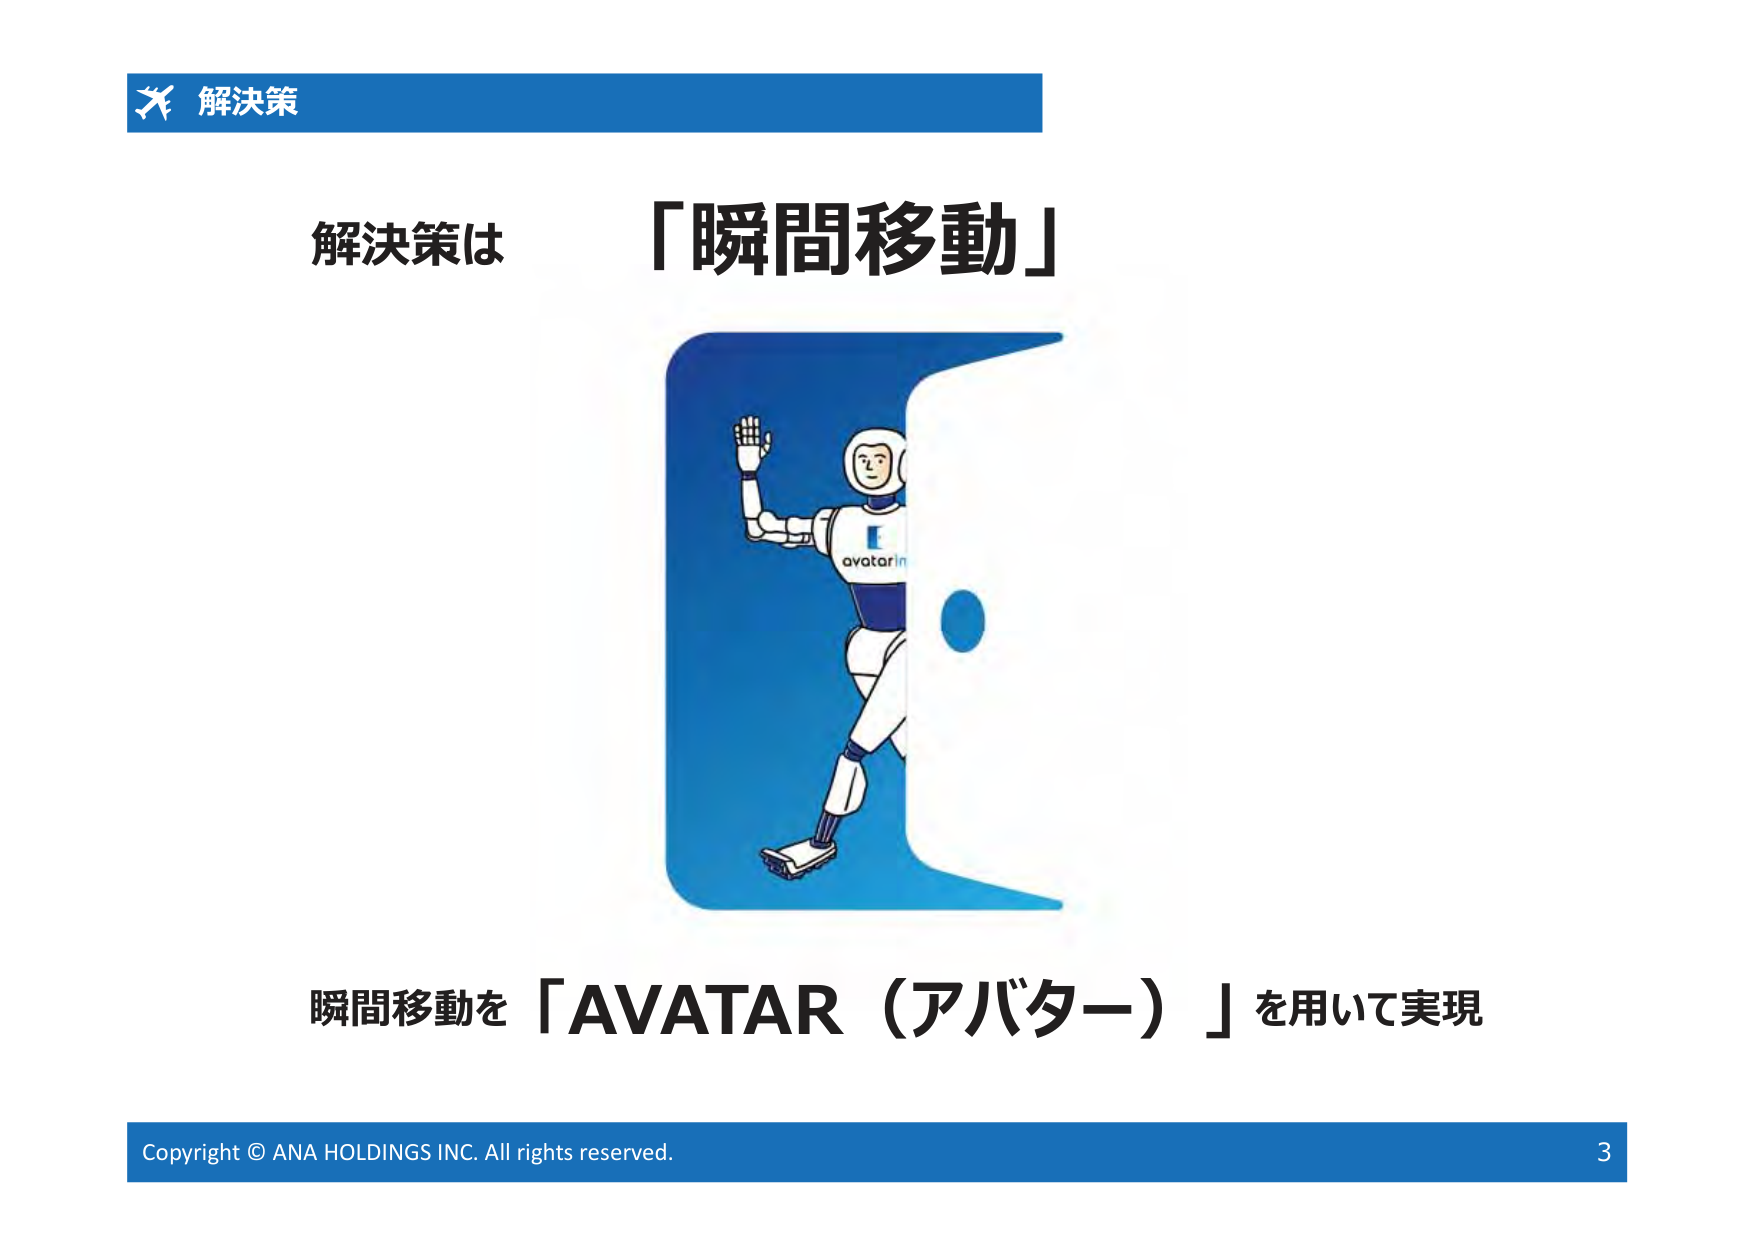
解決策
解決策は「瞬間移動」
avatarin
瞬間移動を「AVATAR（アバター）」を用いて実現
Copyright © ANA HOLDINGS INC. All rights reserved.
3